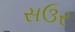
સઉર